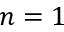
n = 1